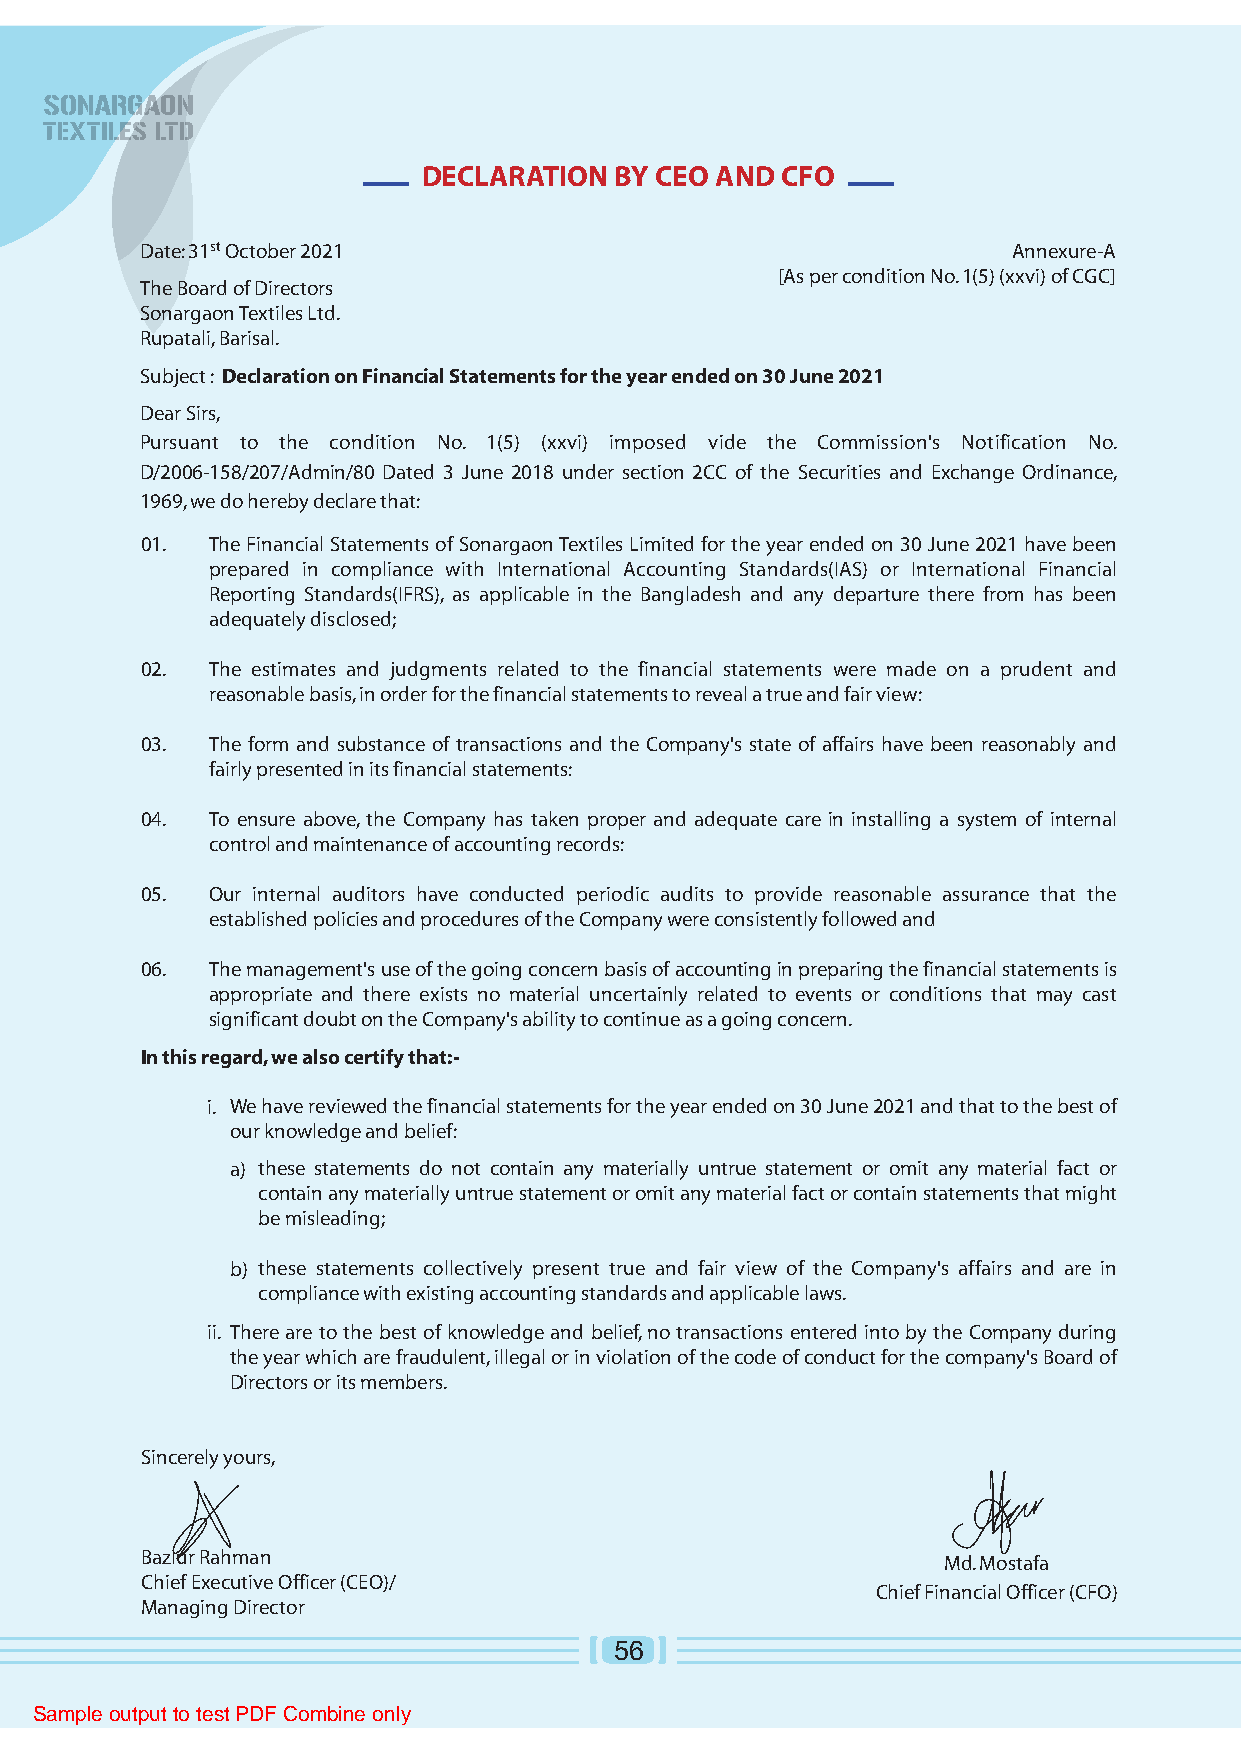
DECLARATION  BY CEO AND CFO
 Date: 31st October 2021                                   Annexure-A
 [As per condition No. 1(5) (xxvi) of CGC]
 The Board of Directors
 Sonargaon Textiles Ltd.
 Rupatali, Barisal.
 Subject : Declaration on Financial Statements for the year ended on 30 June 2021
 Dear Sirs,
 Pursuant to the condition No. 1(5) (xxvi) imposed vide the Commission's Notification No.
 D/2006-158/207/Admin/80 Dated 3 June 2018 under section 2CC of the Securities and Exchange Ordinance,
 1969, we do hereby declare that:
 01.  The Financial Statements of Sonargaon Textiles Limited for the year ended on 30 June 2021 have been
 prepared in compliance with International Accounting Standards(IAS) or International Financial
 Reporting Standards(IFRS), as applicable in the Bangladesh and any departure there from has been
 adequately disclosed;
 02.  The estimates and judgments related to the financial statements were made on a prudent and
 reasonable basis, in order for the financial statements to reveal a true and fair view:
 03.  The form and substance of transactions and the Company's state of affairs have been reasonably and
 fairly presented in its financial statements:
 04.  To ensure above, the Company has taken proper and adequate care in installing a system of internal
 control and maintenance of accounting records:
 05.  Our internal auditors have conducted periodic audits to provide reasonable assurance that the
 established policies and procedures of the Company were consistently followed and
 06.  The management's use of the going concern basis of accounting in preparing the financial statements is
 appropriate and there exists no material uncertainly related to events or conditions that may cast
 significant doubt on the Company's ability to continue as a going concern.
 In this regard, we also certify that:-
 i. We have reviewed the financial statements for the year ended on 30 June 2021 and that to the best of
 our knowledge and belief:
 a) these statements do not contain any materially untrue statement or omit any material fact or
 contain any materially untrue statement or omit any material fact or contain statements that might
 be misleading;
 b) these statements collectively present true and fair view of the Company's affairs and are in
 compliance with existing accounting standards and applicable laws.
 ii. There are to the best of knowledge and belief, no transactions entered into by the Company during
 the year which are fraudulent, illegal or in violation of the code of conduct for the company's Board of
 Directors or its members.
 Sincerely yours,
 Bazlur Rahman
 Md. Mostafa
 Chief Executive Officer (CEO)/
 Chief Financial Officer (CFO)
 Managing Director
 56
 Sample output to test PDF Combine only